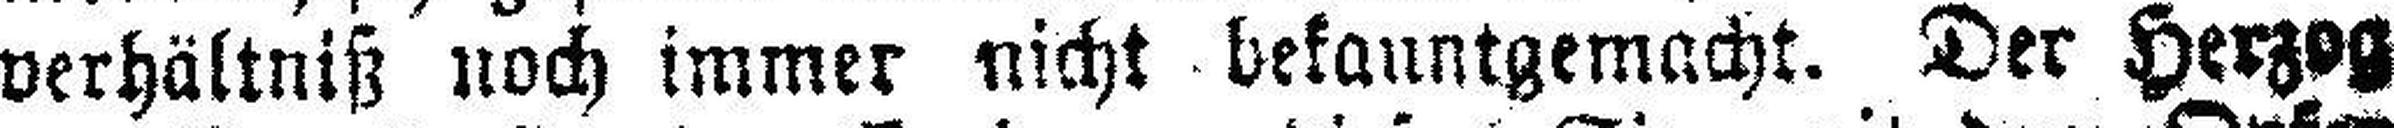
verhältniß noch immer nicht bekauntgemacht. Der Herzog